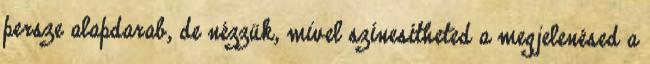
persze alapdarab, de nézzük, mivel színesítheted a megjelenésed a